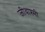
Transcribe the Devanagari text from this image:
जीवाश्मी